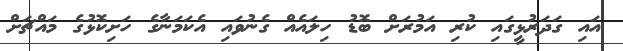
އައި ގަދަރުޅީގައި ކުރި އަމުރަށް ބޮޑު ހިލައެއް ގެނުވައި އެކަމަނާގެ ހަށިކޮޅުގެ މައްޗަށް